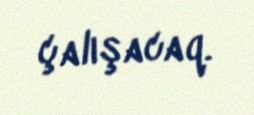
çalışacaq.